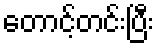
တောင့်တင်းပြီး